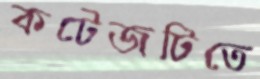
কটেজটিতে